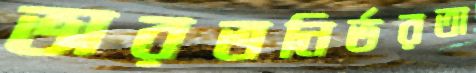
ভারতনির্ভরতা